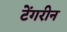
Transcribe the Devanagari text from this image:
टेंगरीन